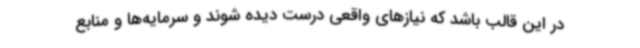
در این قالب باشد که نیازهای واقعی درست دیده شوند و سرمایه‌ها و منابع